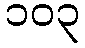
၁၀၃